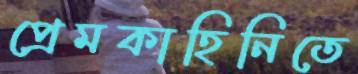
প্রেমকাহিনিতে